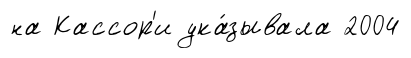
на Кассор'и ука́зывала 2004